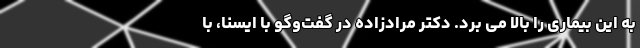
به این بیماری را بالا می برد. دکتر مرادزاده در گفت‌وگو با ایسنا، با